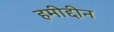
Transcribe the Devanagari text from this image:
हमीद्दीन